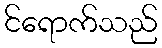
င်ရောက်သည်